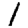
Digit: 1